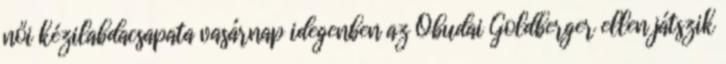
női kézilabdacsapata vasárnap idegenben az Óbudai Goldberger ellen játszik